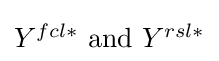
{\textstyle Y^{fcl\ast }{\mbox{ and }}Y^{rsl\ast }}